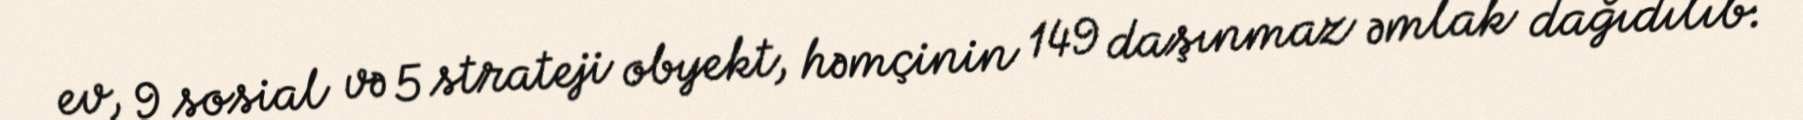
ev, 9 sosial və 5 strateji obyekt, həmçinin 149 daşınmaz əmlak dağıdılıb.